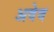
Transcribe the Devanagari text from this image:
अवेव